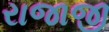
રાજાજી